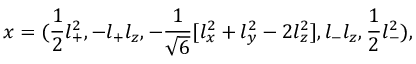
x = ( \frac { 1 } { 2 } l _ { + } ^ { 2 } , - l _ { + } l _ { z } , - \frac { 1 } { \sqrt { 6 } } [ l _ { x } ^ { 2 } + l _ { y } ^ { 2 } - 2 l _ { z } ^ { 2 } ] , l _ { - } l _ { z } , \frac { 1 } { 2 } l _ { - } ^ { 2 } ) ,